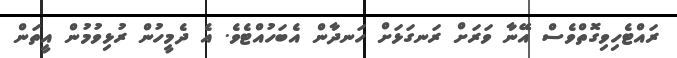
ރައްޓެހިވިގޮތްވެސް އޭނާާ ވަރަށް ރަނގަޅަށް ހަނދާން އެބަހުއްޓެވެ. އެ ދެމީހުން ރުޅިވުމުން އީތަން